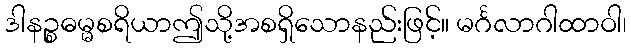
ဒါနဉ္စဓမ္မစရိယာဤသို့အစရှိသောနည်းဖြင့်။ မင်္ဂလာဂါထာဝါ၊